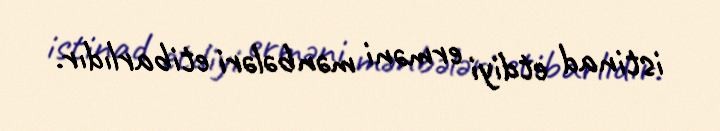
istinad etdiyi erməni mənbələri etibarlıdır.